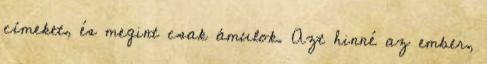
címeket, és megint csak ámulok. Azt hinné az ember,